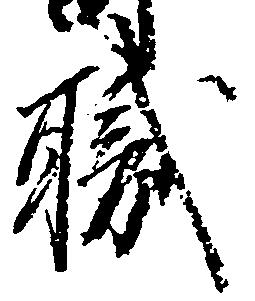
職